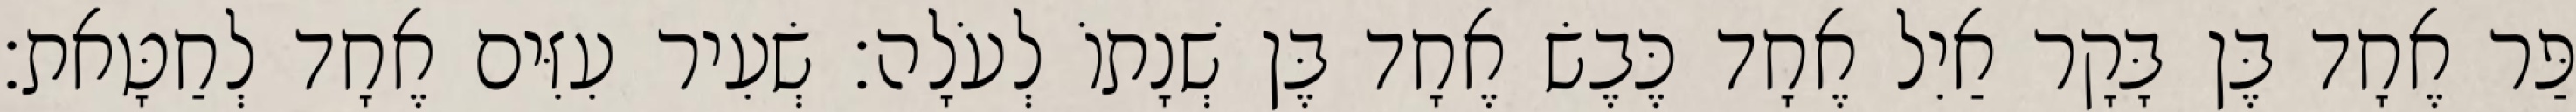
פַּר אֶחָד בֶּן בָּקָר אַיִל אֶחָד כֶּבֶשׂ אֶחָד בֶּן שְׁנָתוֹ לְעֹלָה׃ שְׂעִיר עִזִּים אֶחָד לְחַטָּאת׃